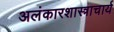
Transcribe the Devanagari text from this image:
अलंकारशास्त्राचार्य